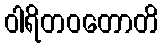
ဝါရိတဝတောတိ